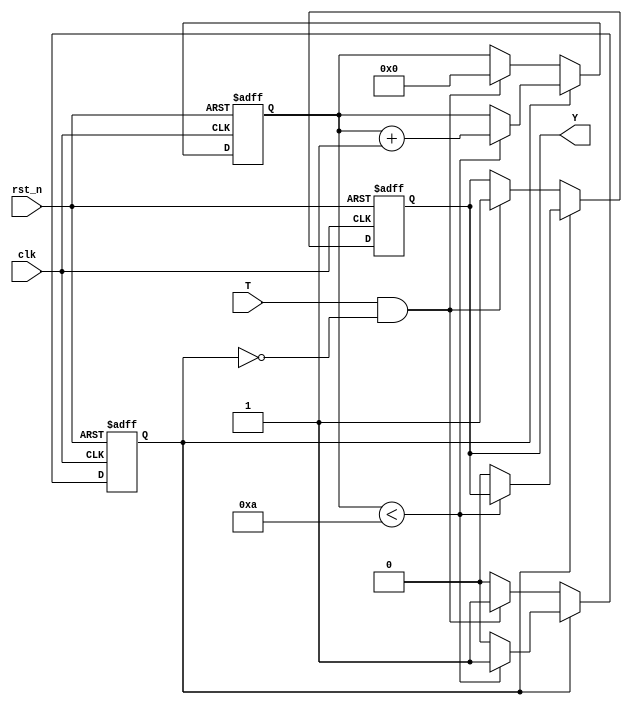
module hold_condition #(
    parameter H = 10 // Default hold duration (time in clock cycles)
) (
    input wire clk,    // Clock signal
    input wire rst_n,  // Active low reset signal
    input wire T,      // Trigger Input
    output reg Y       // Hold Output
);

    reg [3:0] state;    // State variable to hold the output state
    reg hold_active;     // Flag to indicate if hold condition is active
    reg [31:0] counter; // Counter for the hold duration

    always @(posedge clk or negedge rst_n) begin
        if (!rst_n) begin
            Y <= 1'b0;            // Reset output to default state (0)
            hold_active <= 1'b0;  // Reset hold condition
            counter <= 0;          // Reset counter
        end else begin
            if (hold_active) begin
                if (counter < H) begin
                    counter <= counter + 1; // Increment the counter while holding
                end else begin
                    hold_active <= 1'b0; // End hold condition after duration
                    Y <= 1'b0;            // Return to default state (0)
                end
            end else begin
                if (T && !hold_active) begin // Detect rising edge on T
                    Y <= 1'b1;              // Capture and hold state (set to 1)
                    hold_active <= 1'b1;    // Activate hold condition
                    counter <= 0;            // Reset the counter
                end
            end
        end
    end

endmodule